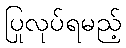
ပြုလုပ်ရမည့်